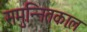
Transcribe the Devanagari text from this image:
समुन्नितकाल